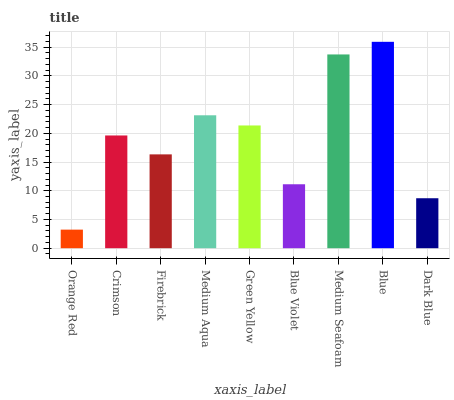
| xaxis_label | bars |
 | --- | --- |
 | Orange Red | 3.23 |
 | Crimson | 19.6 |
 | Firebrick | 16.3 |
 | Medium Aqua | 23.1 |
 | Green Yellow | 21.4 |
 | Blue Violet | 11.1 |
 | Medium Seafoam | 33.7 |
 | Blue | 35.9 |
 | Dark Blue | 8.7 |